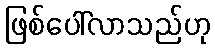
ဖြစ်ပေါ်လာသည်ဟု